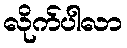
လိုက်ပါလာ